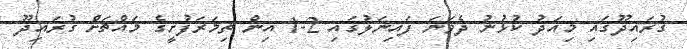
ގުރައިދޫގައި މިއަދު ކުޅުނު ދެވަނަ ފައިނަލުގައި 2-1 އިން ތިމަރަފުށީގެ މައްޗަށް ގުރައިދޫ